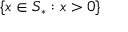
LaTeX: \{ x \in S _ { * } : x > 0 \}